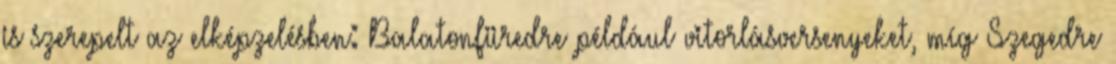
is szerepelt az elképzelésben: Balatonfüredre például vitorlásversenyeket, míg Szegedre